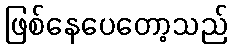
ဖြစ်နေပေတော့သည်